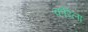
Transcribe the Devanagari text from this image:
कोरेला